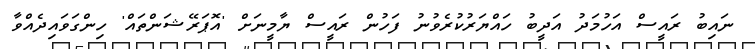
ނައިބު ރައީސް އަހުމަދު އަދީބު ހައްޔަރުކުރެވުނު ފަހުން ރައީސް ޔާމީނަށް 'އޮޕަރޭޝަންތައް' ހިންގަވައިދެއްވާ